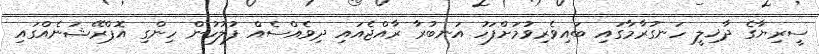
ސީރިޔާގެ ދާޚިލީ ހަނގުރާމާގައި ބައިވެރިވުމަށްފަހު އަނބުރާ ރާއްޖެއައި ދިވެއްސެއް ފުލުހުން ހިންގި އޮޕްރޭޝަނެއްގައި